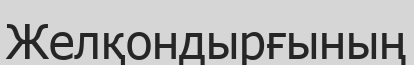
Желқондырғының